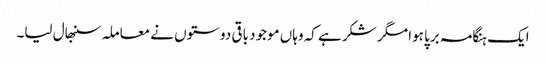
ایک ہنگامہ برپا ہوا مگر شکر ہے کہ وہاں موجود باقی دوستوں نے معاملہ سنبھال لیا۔